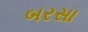
બરસા